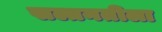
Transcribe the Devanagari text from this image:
सल्तनतीला